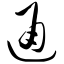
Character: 通